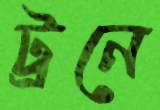
ট্রনে